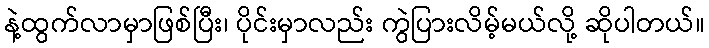
နဲ့ထွက်လာမှာဖြစ်ပြီး၊ ပိုင်းမှာလည်း ကွဲပြားလိမ့်မယ်လို့ ဆိုပါတယ်။